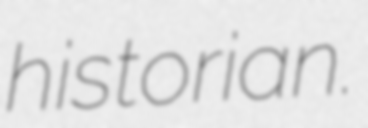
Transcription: historian.